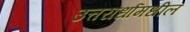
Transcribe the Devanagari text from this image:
उत्तरार्धामधील